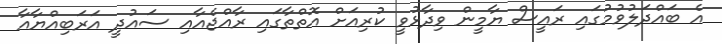
އެ ބައްދަލުވުމުގައި ރައީސް ޔާމީން ވިދާޅުވީ ކުރިއަށް އޮތްތާގައި ރާއްޖެއާއި ސައުދީ އަރަބިއްޔާއާ